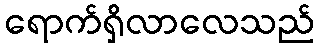
ရောက်ရှိလာလေသည်